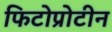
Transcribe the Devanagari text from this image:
फिटोप्रोटीन